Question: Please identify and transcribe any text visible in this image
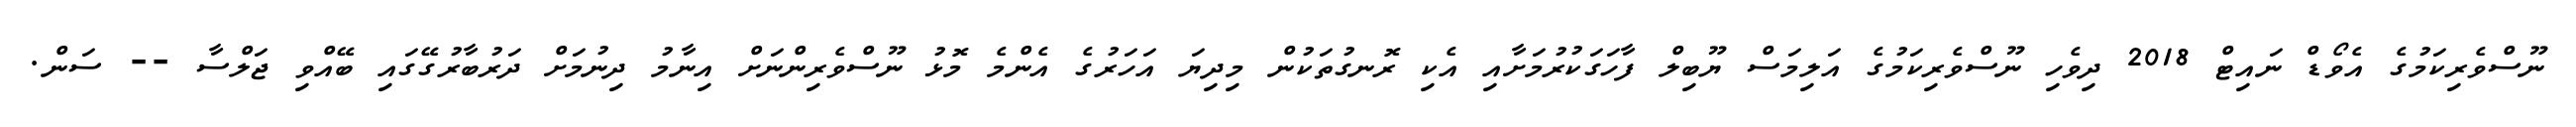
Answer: ނޫސްވެރިކަމުގެ އެވޯޑް ނައިޓް 2018 ދިވެހި ނޫސްވެރިކަމުގެ އަލިމަސް ޔޫބިލް ފާހަގަކުރުމަށާއި އެކި ރޮނގުތަކުން މިދިޔަ އަހަރުގެ އެންމެ މޮޅު ނޫސްވެރިންނަށް އިނާމު ދިނުމަށް ދަރުބާރުގޭގައި ބޭއްވި ޖަލްސާ -- ސަން.